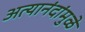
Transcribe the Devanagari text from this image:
अत्यानंदांमुळे